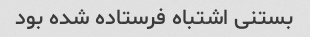
بستنی‌ اشتباه فرستاده شده بود